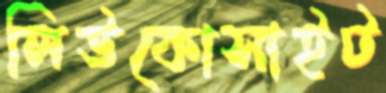
লিউকোসাইট